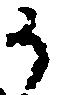
か